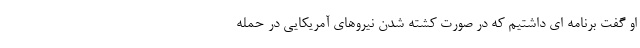
او گفت برنامه ای داشتیم که در صورت کشته شدن نیروهای آمریکایی در حمله